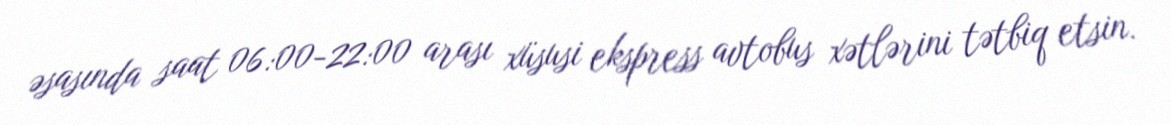
əsasında saat 06:00-22:00 arası xüsusi ekspress avtobus xətlərini tətbiq etsin.